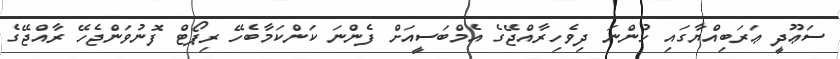
ސަޢޫދީ ޢަރަބިއްޔާގައި ހުންނަ ދިވެހިރާއްޖޭގެ އެމްބަސީއަށް ފެންނަ ކަންކަމާބެހޭ ރިޕޯޓް ފޮނުވަންޖެހޭ ރާއްޖޭގެ